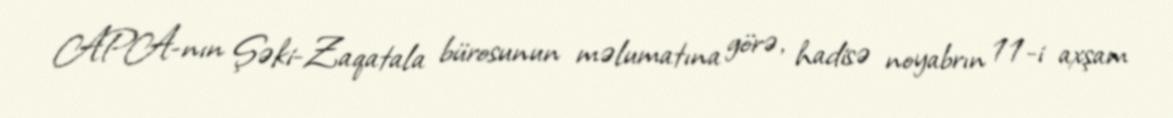
APA-nın Şəki-Zaqatala bürosunun məlumatına görə, hadisə noyabrın 11-i axşam